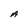
Character: A